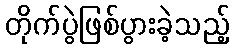
တိုက်ပွဲဖြစ်ပွားခဲ့သည့်